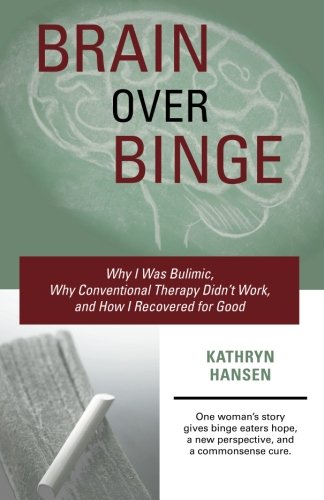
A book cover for Brain over Binge: Why I Was Bulimic, Why Conventional Therapy Didn't Work, and How I Recovered for Good; Kathryn Hansen; Self-Help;